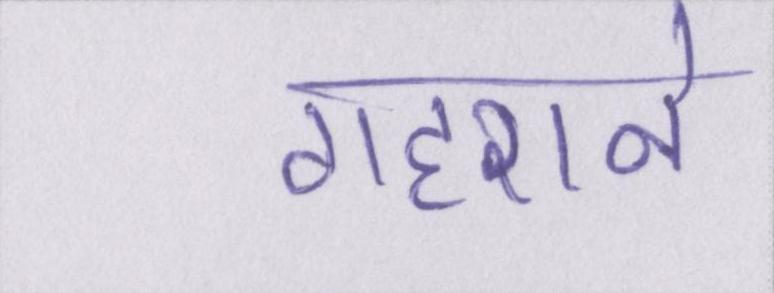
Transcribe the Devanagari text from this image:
गहराने